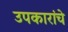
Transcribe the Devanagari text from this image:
उपकारांचे